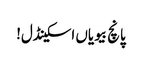
پانچ بیویاں اسکینڈل!